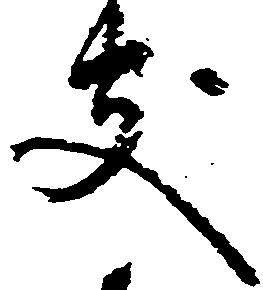
支